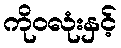
ကိုဝလုံးနှင့်